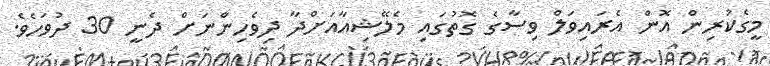
މީގެކުރިން އޮން އެރައިވަލް ވިސާގެ ގޮތުގައި މެލޭޝިއާއަށްދާ ދިވެހިންނަށް ދެނީ 30 ދުވަހެވެ.